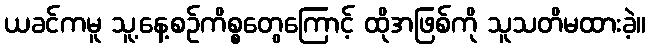
ယခင်ကမူ သူ့နေ့စဉ်ကိစ္စတွေကြောင့် ထိုအဖြစ်ကို သူသတိမထားခဲ့။